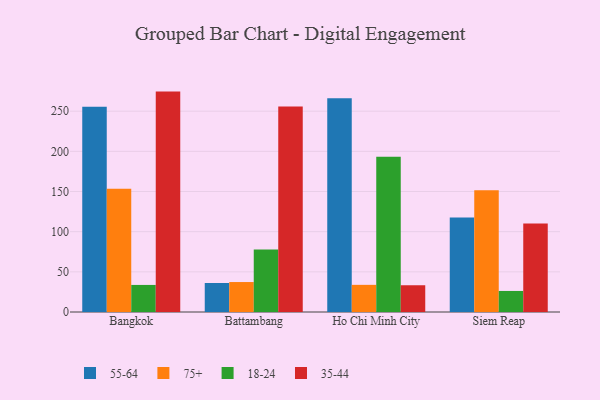
{"axis": {"x": "City", "y": "Inventory Turnover"}, "legend": ["18-24", "35-44", "55-64", "75+"], "data": [{"x": "Bangkok", "y": 255.4, "type": "55-64"}, {"x": "Bangkok", "y": 153.5, "type": "75+"}, {"x": "Bangkok", "y": 33.7, "type": "18-24"}, {"x": "Bangkok", "y": 274.4, "type": "35-44"}, {"x": "Battambang", "y": 36.1, "type": "55-64"}, {"x": "Battambang", "y": 37.3, "type": "75+"}, {"x": "Battambang", "y": 77.9, "type": "18-24"}, {"x": "Battambang", "y": 255.7, "type": "35-44"}, {"x": "Ho Chi Minh City", "y": 266.2, "type": "55-64"}, {"x": "Ho Chi Minh City", "y": 33.8, "type": "75+"}, {"x": "Ho Chi Minh City", "y": 193.3, "type": "18-24"}, {"x": "Ho Chi Minh City", "y": 33.3, "type": "35-44"}, {"x": "Siem Reap", "y": 117.5, "type": "55-64"}, {"x": "Siem Reap", "y": 151.6, "type": "75+"}, {"x": "Siem Reap", "y": 26.2, "type": "18-24"}, {"x": "Siem Reap", "y": 110.3, "type": "35-44"}]}